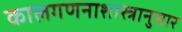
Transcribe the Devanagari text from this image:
कालगणनाशास्त्रानुसार